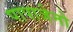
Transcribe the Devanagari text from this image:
पापाजेनो